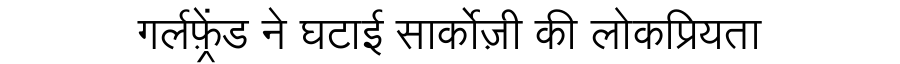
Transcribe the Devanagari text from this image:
गर्लफ़्रेंड ने घटाई सार्कोज़ी की लोकप्रियता